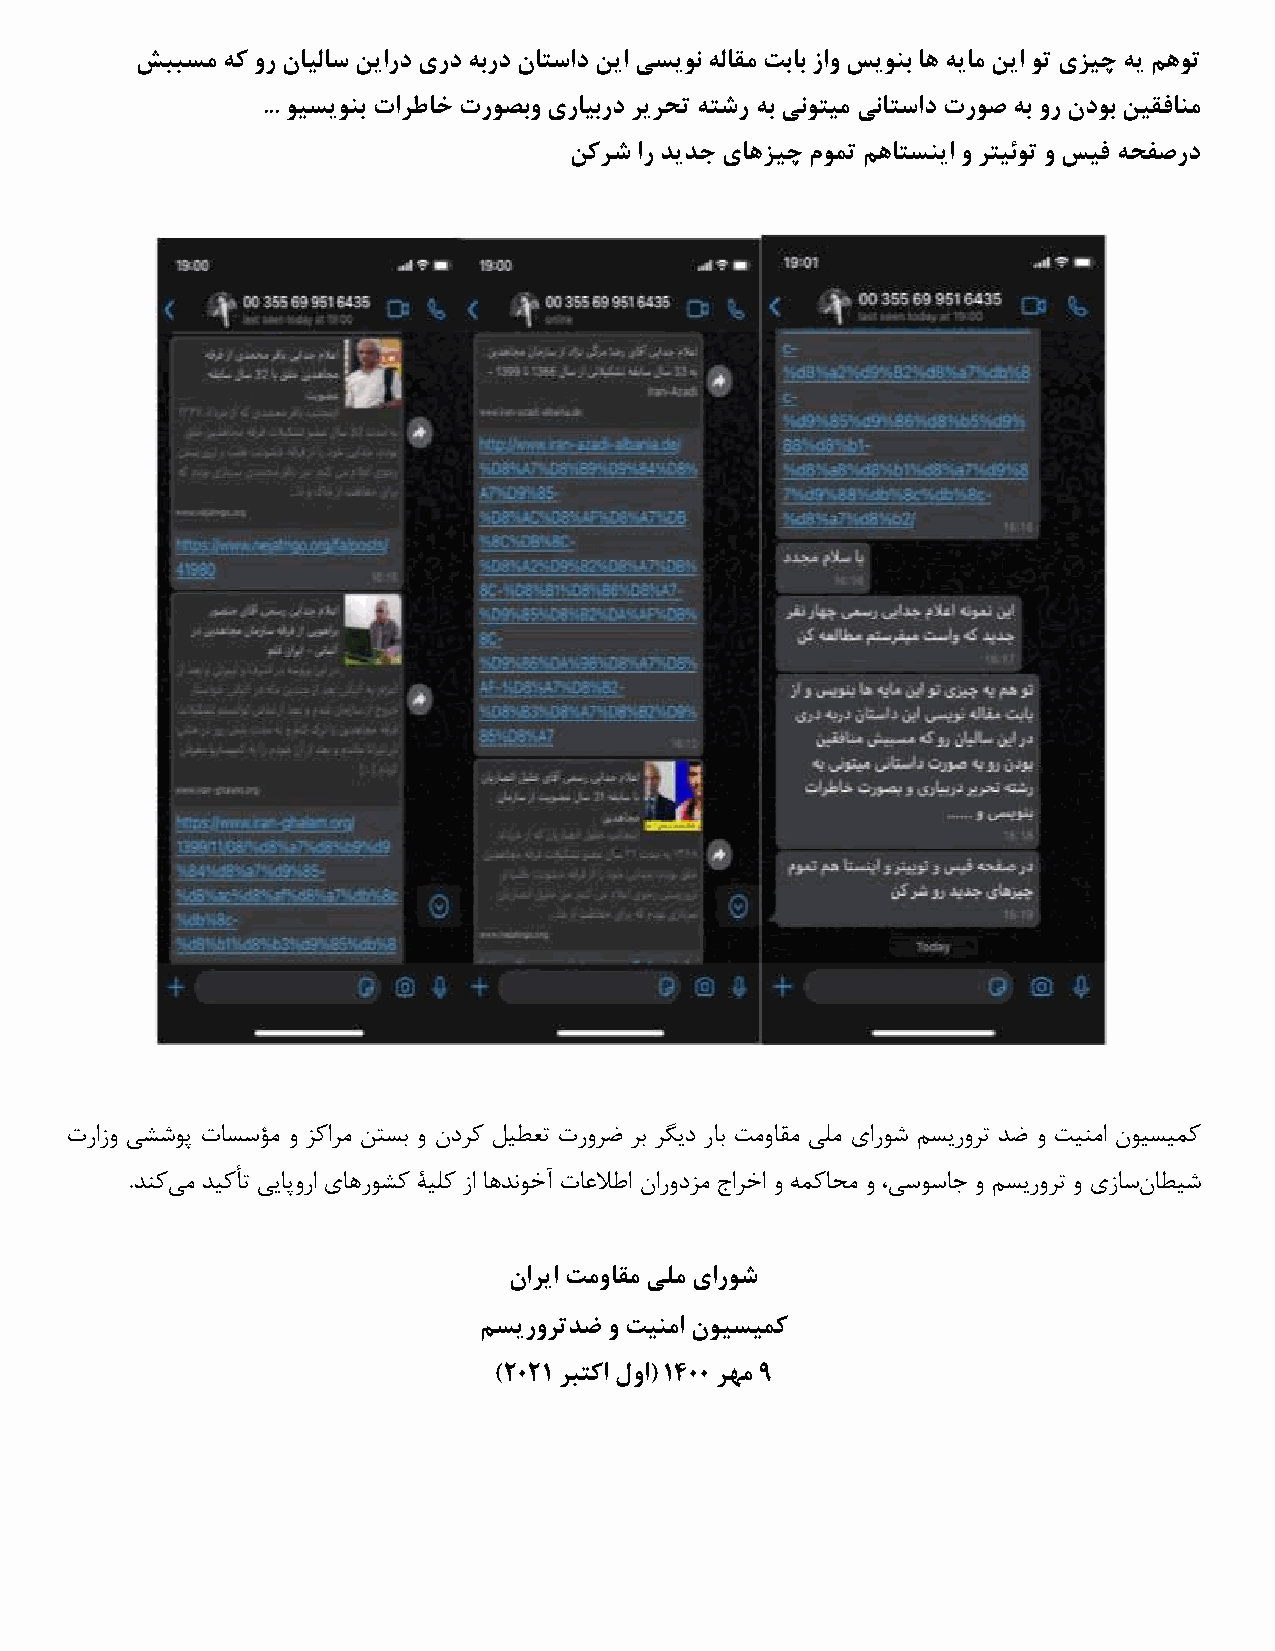
شببسم هك ور نایلاس نیارد يرد هبرد ناتساد نیا يسیون هلاقم تباب زاو سیونب اه هیام نیا وت يزیچ هی مهوت
 ... ویسیونب تارطاخ تروصبو يرایبرد ریرحت هتشر هب ينوتیم يناتساد تروص هب ور ندوب نیقفانم
 نكرش ار دیدج ياهزیچ مومت مهاتسنیا و رتیئوت و سیف هحفصرد
 ترازو یششوپ تاسسؤم و زکارم نتسب و ندرك ليطعت ترورض رب رگید راب تمواقم يلم ياروش مسیرورت دض و تينما نويسيمك
 .دنکیم ديکأت يیاپورا ياهروشك ةيلك زا اهدنوخآ تاعلاطا نارودزم جارخا و همكاحم و ،يسوساج و مسیرورت و يزاسناطيش
 ناریا تمواقم يلم ياروش
 مسیرورتدض و تینما نویسیمک
 )2021 ربتكا لوا( 1400 رهم 9